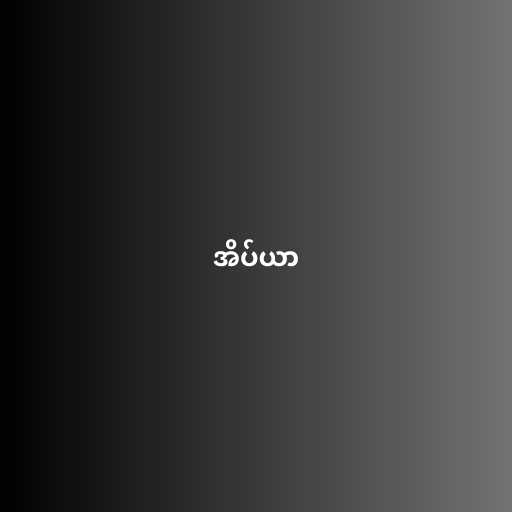
အိပ်ယာ